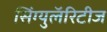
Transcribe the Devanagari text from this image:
सिंग्युलॅरिटीज